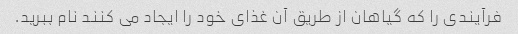
فرآیندی را که گیاهان از طریق آن غذای خود را ایجاد می کنند نام ببرید.